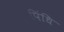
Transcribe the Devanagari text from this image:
पिंधि